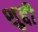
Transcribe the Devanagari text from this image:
शुद्दी